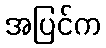
အပြင်က